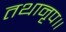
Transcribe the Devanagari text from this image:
तथानृप॥